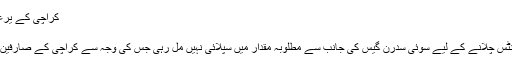
کراچی کے یرغمال شہری | Khabrain Group Pakistan
کراچی کے یرغمال شہری
کے الیکٹرک کو گیس سے چلنے والے پاو¿ر پلانٹس چلانے کے لیے سوئی سدرن گیس کی جانب سے مطلوبہ مقدار میں سپلائی نہیں مل رہی جس کی وجہ سے کراچی کے صارفین کو اضافی لوڈ شیڈنگ کا عذاب جھیلنا پڑ رہا ہے۔